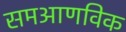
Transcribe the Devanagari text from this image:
समआणविक